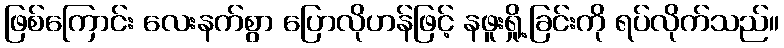
ဖြစ်ကြောင်း လေးနက်စွာ ပြောလိုဟန်ဖြင့် နဖူးရှို့ခြင်းကို ရပ်လိုက်သည်။